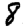
Digit: 8